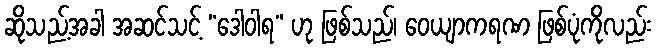
ဆိုသည့်အခါ အဆင်သင့် “ဒေါဝါရ” ဟု ဖြစ်သည်၊ ဝေယျာကရဏ ဖြစ်ပုံကိုလည်း